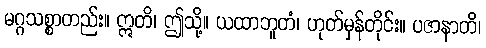
မဂ္ဂသစ္စာတည်း။ ဣတိ၊ ဤသို့။ ယထာဘူတံ၊ ဟုတ်မှန်တိုင်း။ ပဇာနာတိ၊